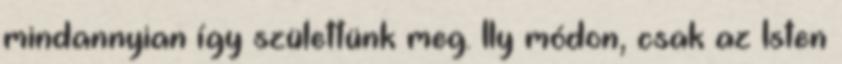
mindannyian így születtünk meg. Ily módon, csak az Isten